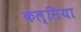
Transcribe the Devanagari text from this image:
कल्सिया